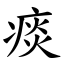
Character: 痰